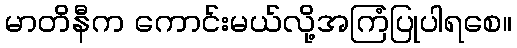
မာတိနီက ကောင်းမယ်လို့အကြံပြုပါရစေ။